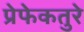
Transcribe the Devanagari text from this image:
प्रेफेकतुरे